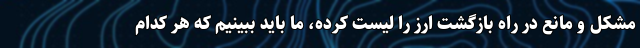
مشکل و مانع در راه بازگشت ارز را لیست کرده، ما باید ببینیم که هر کدام